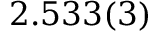
2 . 5 3 3 ( 3 )